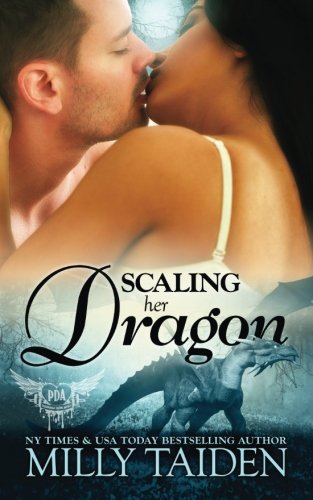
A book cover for Scaling Her Dragon (Paranormal Dating Agency) (Volume 8); Milly Taiden; Romance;